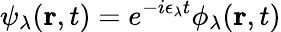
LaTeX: \psi_{\lambda}(\mathbf r,t)=e^{-i\epsilon_{\lambda}t}\phi_{\lambda}(\mathbf r,t)